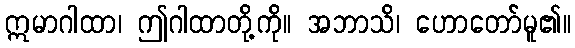
ဣမာဂါထာ၊ ဤဂါထာတို့ကို။ အဘာသိ၊ ဟောတော်မူ၏။